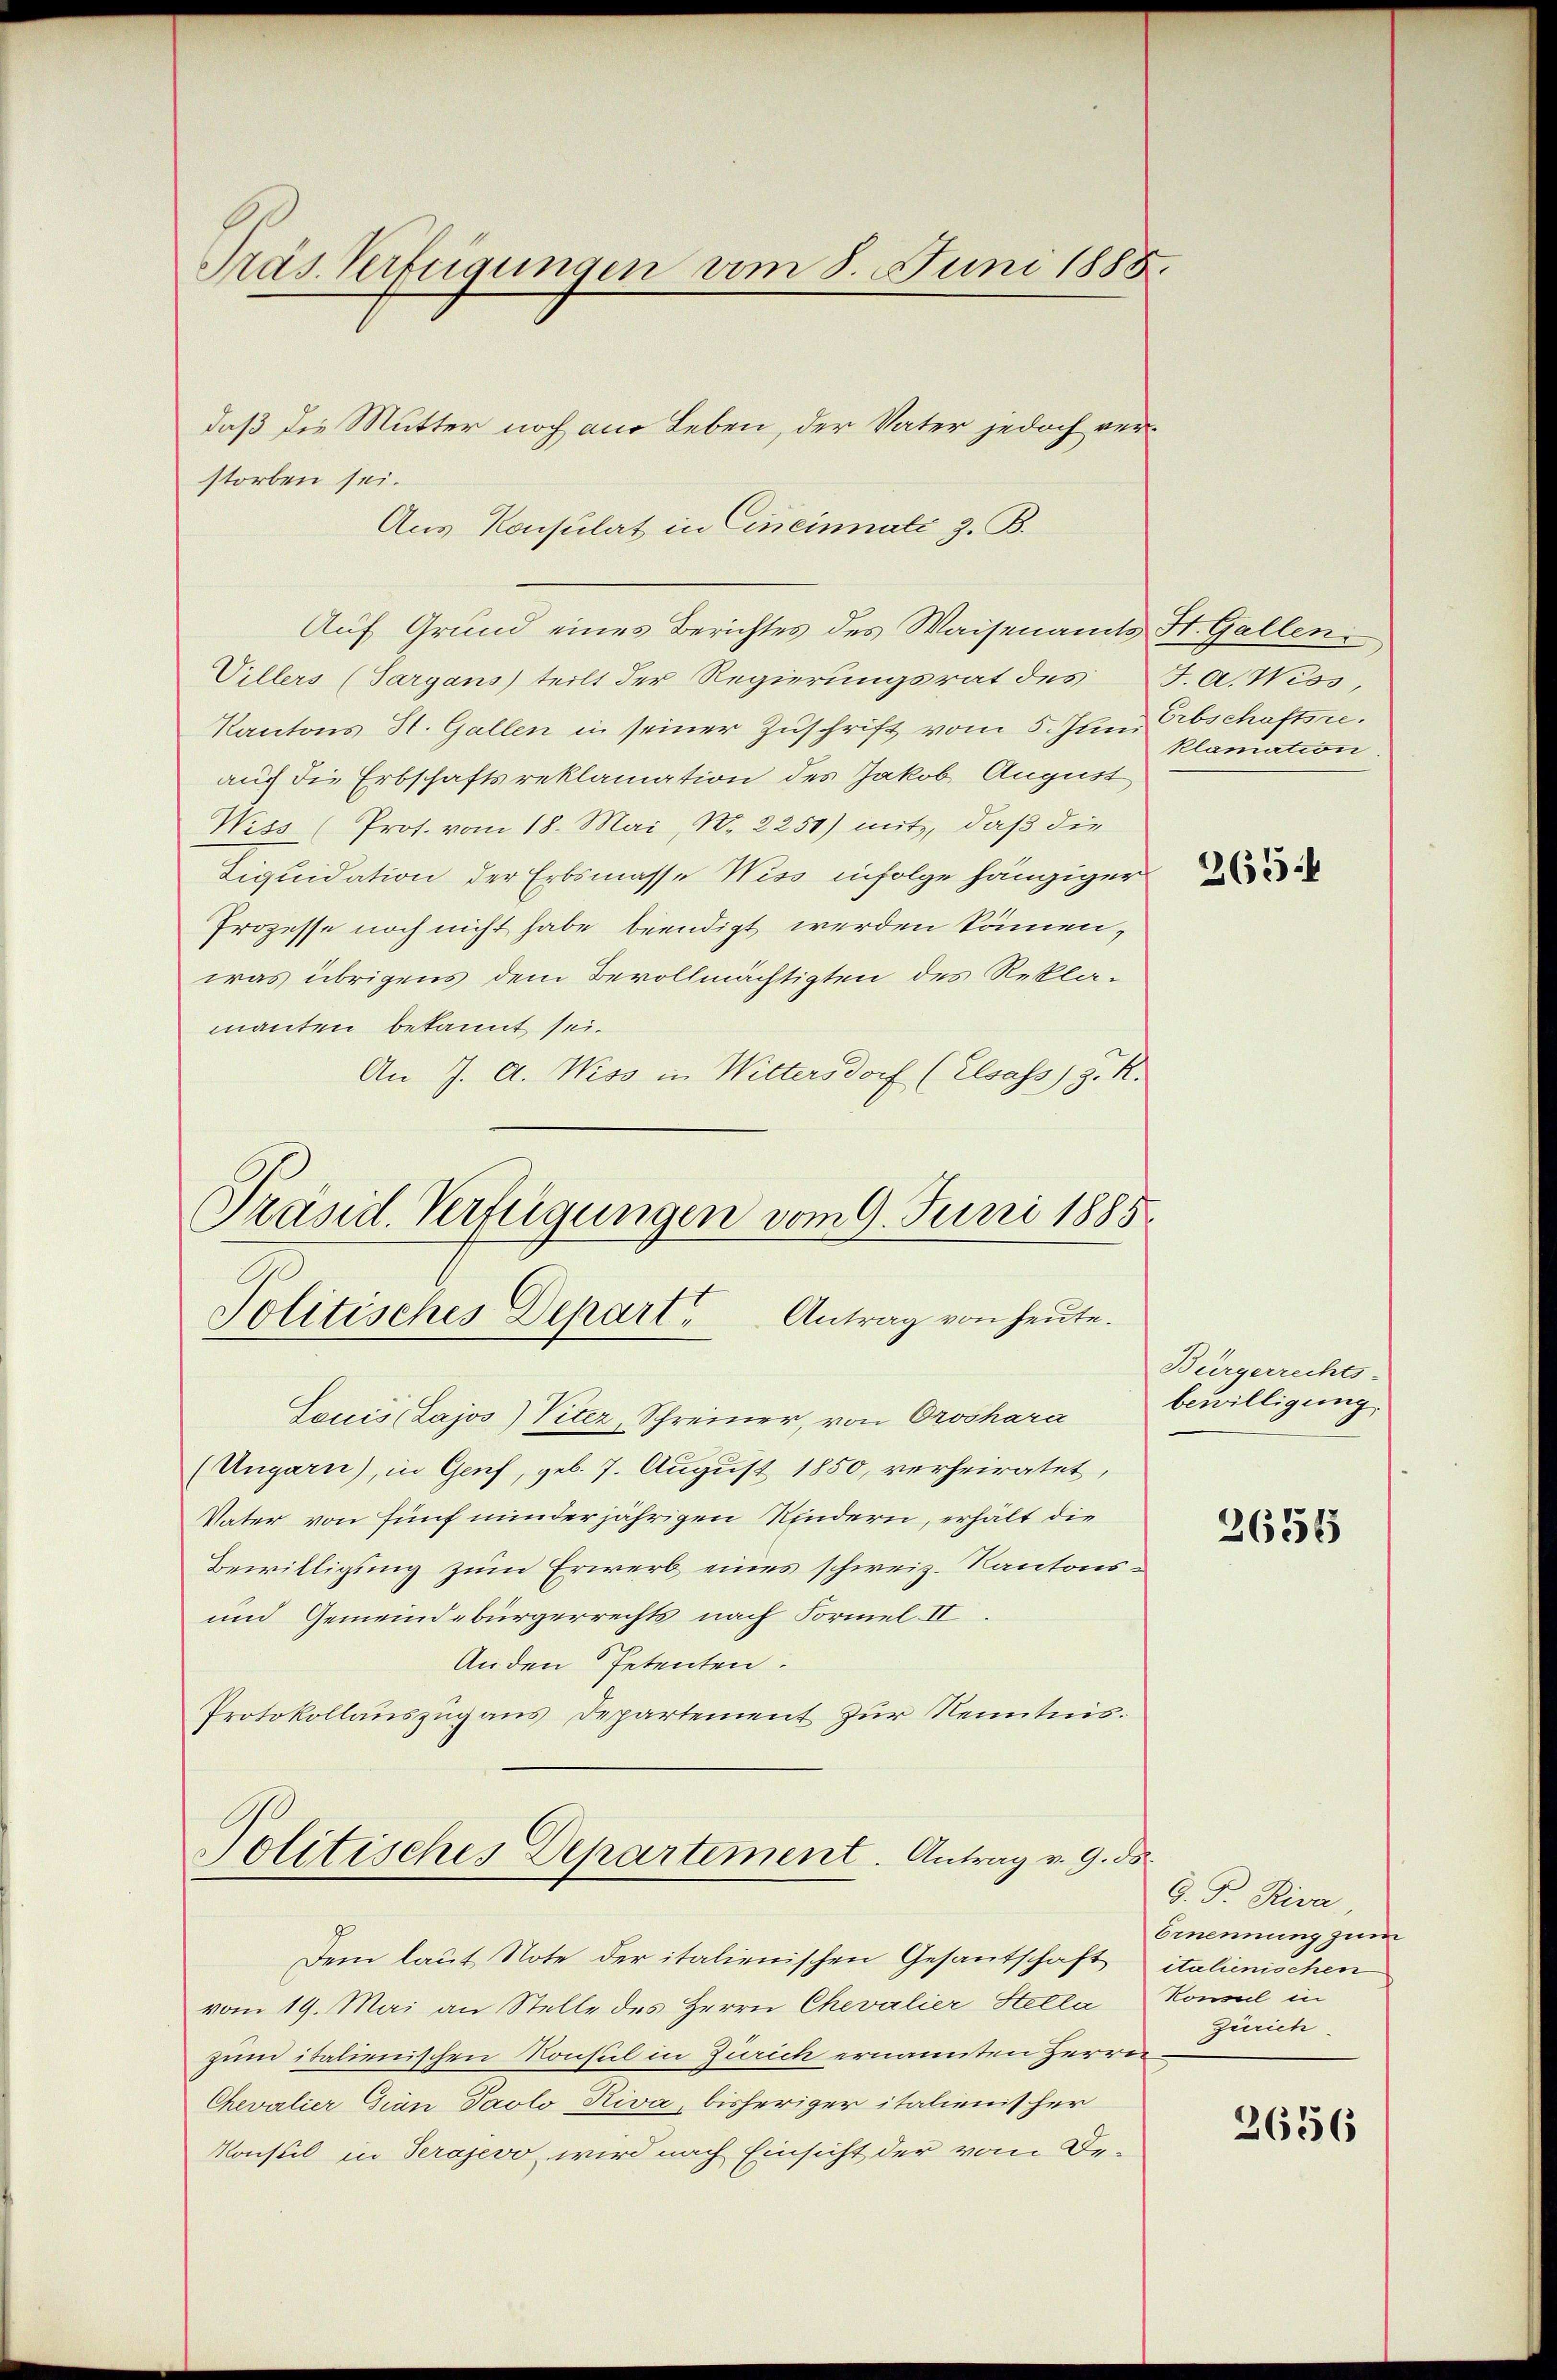
Präs. Verfügungen vom 8. Juni 1888.

daß die Mutter noch am Leben, der Vater jedoch verstorben sei.
Aus Konsulat in Cineinnate z. B.
Auf Grund eines Berichtes des Waisenamts St. Gallen
Villers (Sargans teilt der Regierungsrat des J. A. Wiss,
Kantons St. Gallen in seiner Zuschrift vom 5. Juni
auf die Erbschaftsreklamation des Jakob August
Wiss (Pros. vom 18. Mai, N. 2250) mit, daß die
Liquidation der Erbsmasse Wiss infolge hängiger
Prozesse noch nicht habe beendigt werden können,
was übrigens dem Bevollmächtigten des Reklamanten bekannt sei.
An J. A. Weiss in Wittersdorf (Elsass) z. K.
Präsid. Verfügungen vom 9. Juni 1885

Politisches Depart. Antrag von heute.

Souis (Lajos) Viter, Schreiner, von Oroshara
(Ungarn), in Genf, geb. 7. August 1850, verheiratet,
Vater von fünf minderjährigen Kindern, erhält die
Bewilligung zum Erwerb eines schweiz. Kantons¬
und Gemeindebürgerrechts nach Formel II
Anden Petenten.
Protokollauszug aus Departement zur Kenntnis.
Politisches Departement. Antrag v. 9. ds.
Dem laut Note der italienischen Gesantschaft italienischen
vom 19. Mai an Stelle des Herrn Chevalier Hella Konsul in
zum italienischen Konsul in Zürich ernannten Herrn
Chevalier Grän Paolo Riva, bisheriger italienischer
Konsul in Serajevo, wird nach Einsicht der vom De-

Erbschaftsre.
klamation.

365.

Bürgerrechts-
bewilligung.

2656

G. P. Riva,
Ernennung zum
Zürich

2656